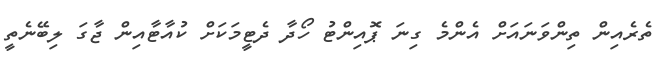
ތެރެއިން ތިންވަނައަށް އެންމެ ގިނަ ޕޮއިންޓު ހޯދާ ދެޓީމަކަށް ކުއާޓާއިން ޖާގަ ލިބޭނެތީ